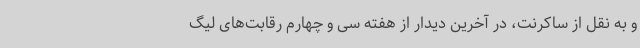
و به نقل از ساکرنت، در آخرین دیدار از هفته سی و چهارم رقابت‌های لیگ